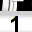
Digit: 1